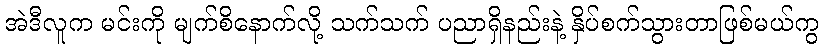
အဲဒီလူက မင်းကို မျက်စိနောက်လို့ သက်သက် ပညာရှိနည်းနဲ့ နှိပ်စက်သွားတာဖြစ်မယ်ကွ